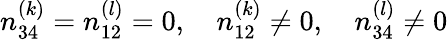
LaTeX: n_{34}^{(k)}=n_{12}^{(l)}=0,\quad n_{12}^{(k)}\ne 0,\quad n_{34}^{(l)}\ne 0